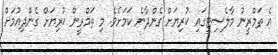
އެ ތަމްރީނު މާލެސިޓީގައި ކުރިޔަށް ގެންދާނެ ކަމަށެވެ. މި ތަމްރީން ކުރިޔަށް ގެންދިއުމަށް